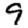
Digit: 9